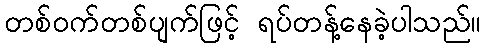
တစ်ဝက်တစ်ပျက်ဖြင့် ရပ်တန့်နေခဲ့ပါသည်။